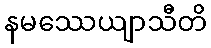
နမဿေယျာသီတိ